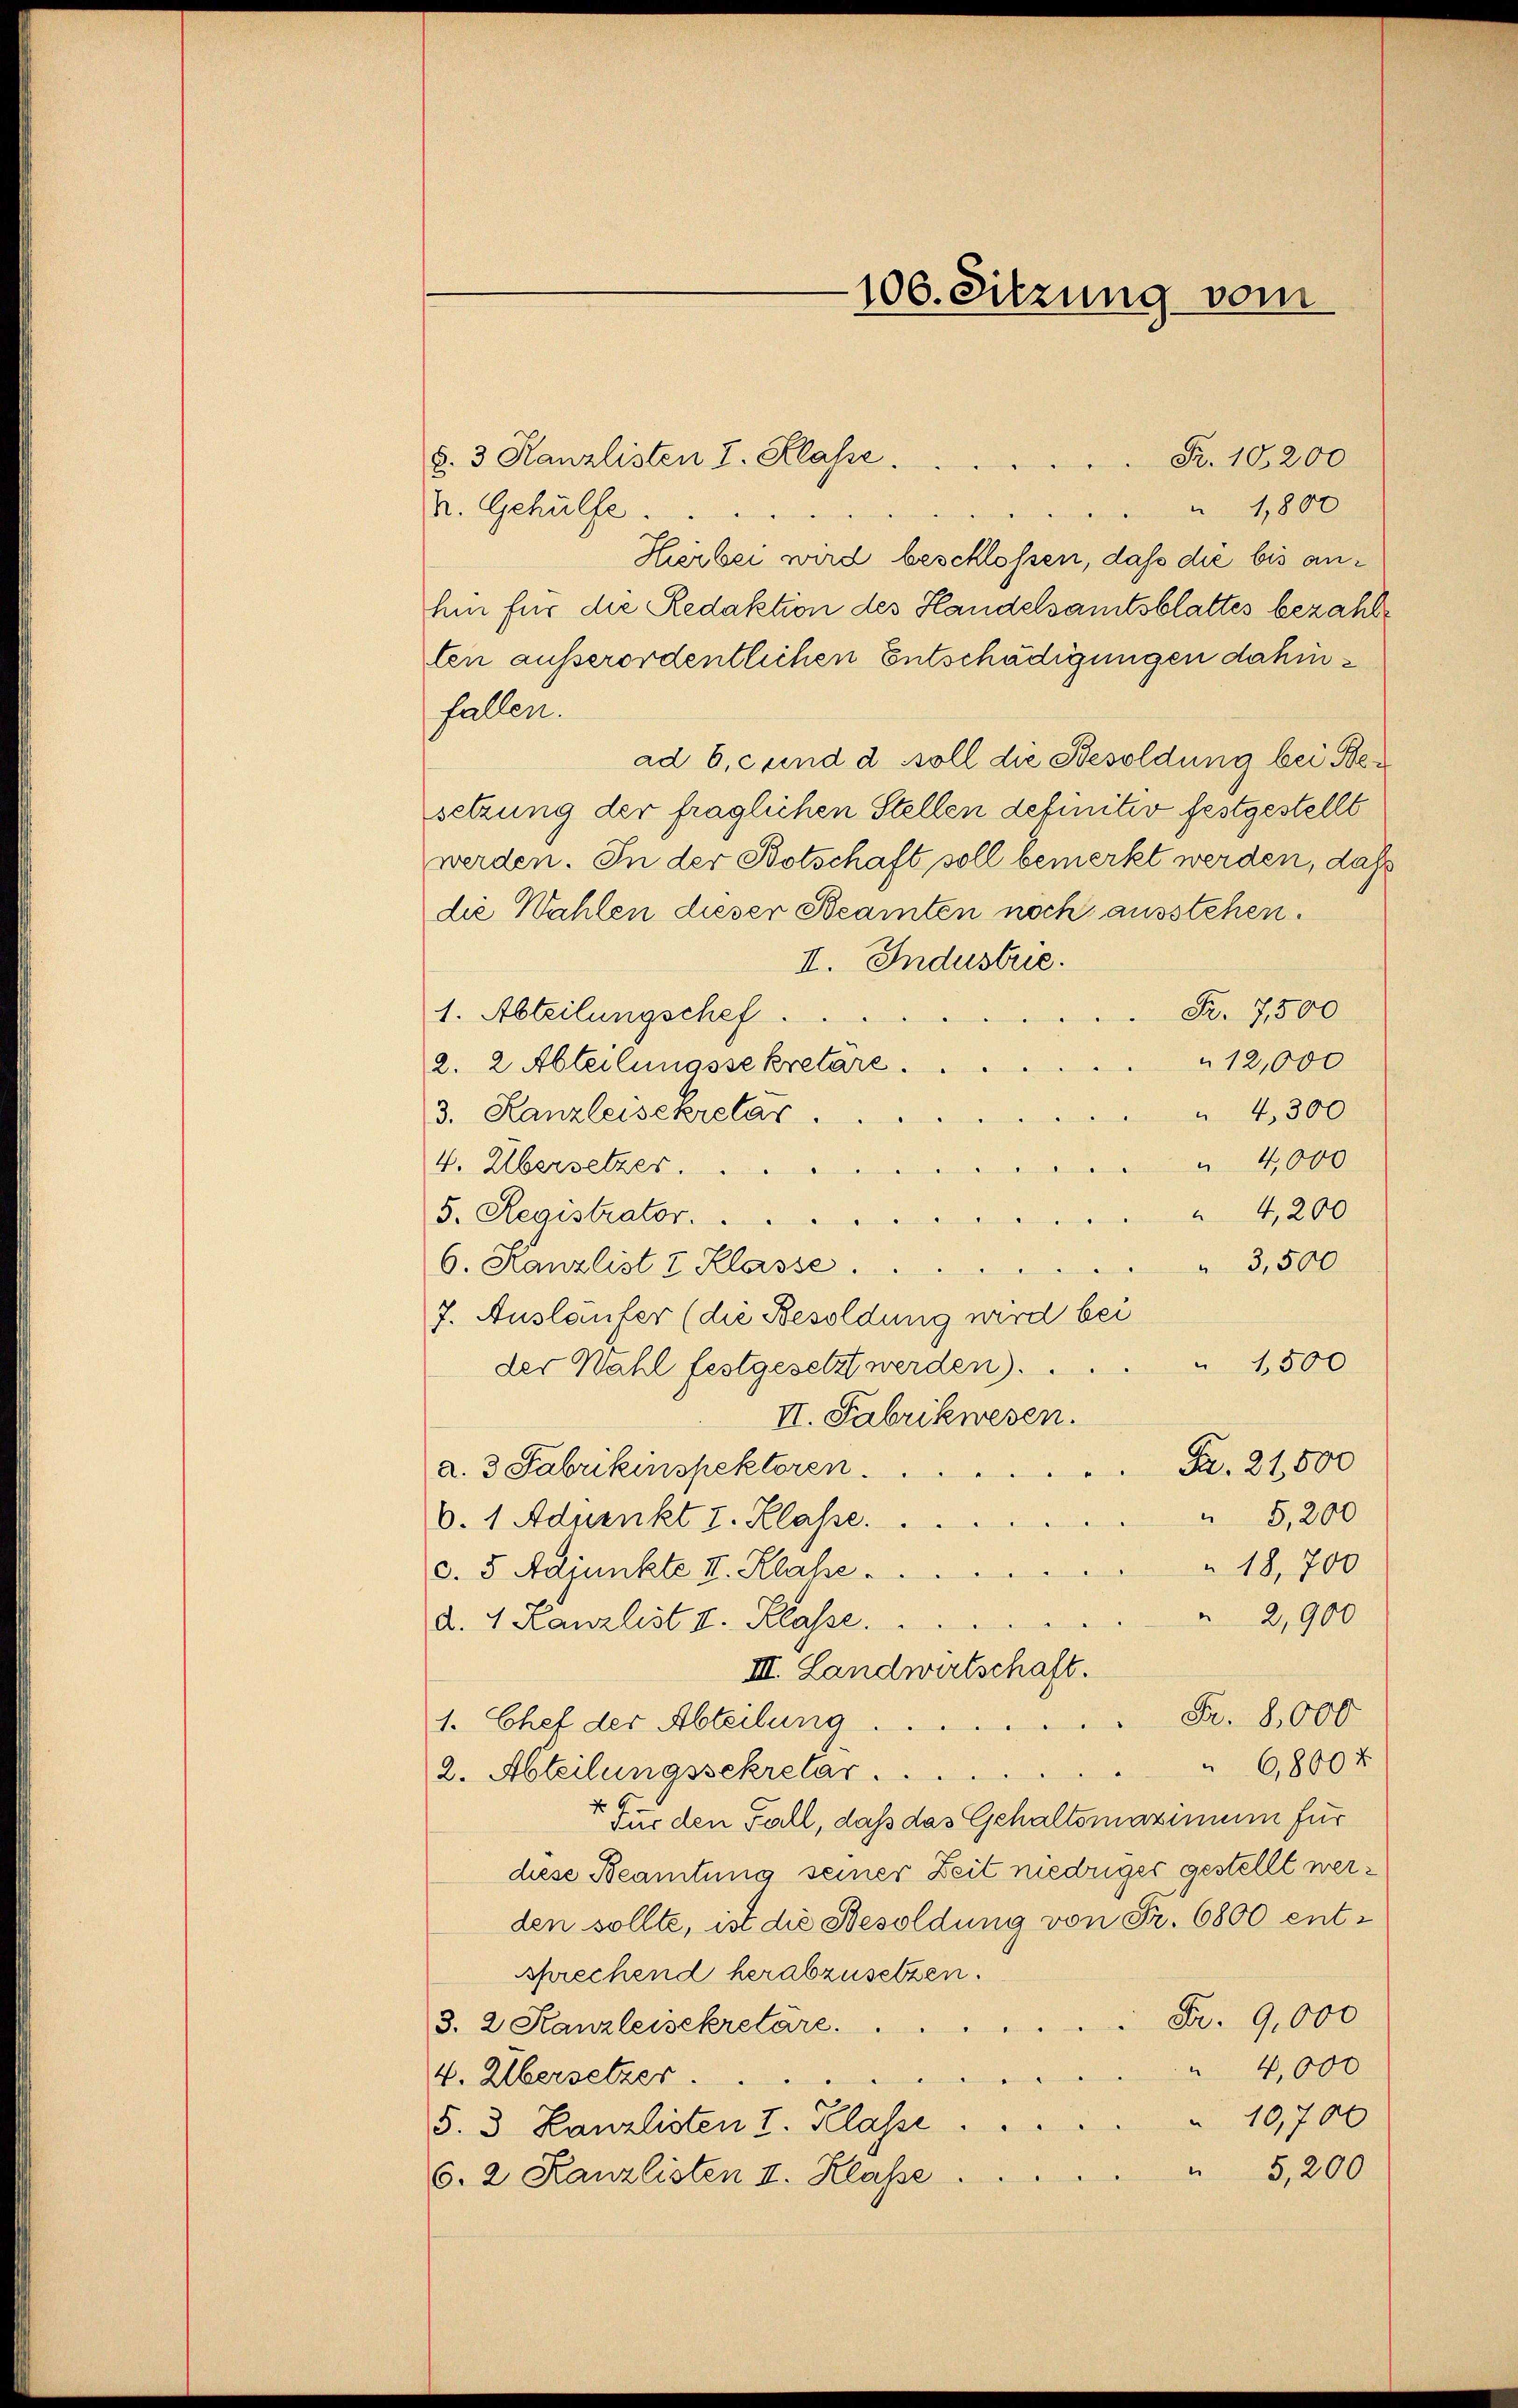
§. 3. Kanzlisten I. Klasse.
R. 10200
 1,800
v. Gehülfe.
Hierbei wird beschlossen, daß die bis anhin für die Redaktion des Handelsamtsblattes bezahlten ausserordentlichen Entschädigungen dahinfallen.
ad 6. c und d soll die Besoldung bei Besetzung der fraglichen Stellen definitiv festgestellt
werden. In der Botschaft soll bemerkt werden, daß
die Wahlen dieser Steamten noch ausstehen.
II. Industrie.
Fr. 7500
1. Abteilungschef.
12,000
2. 2 Abteilungssekretäre.
4,300
3. Kanzleisekretar.
 4,000
4. Übersetzes.
4,200
5. Registrator.  ..
3,500
6. Kanzlist v. Klasse.
7. Ausläufer (die Besoldung wird bei
" 1500
der Wahl festgesetzt werden).
II. Fabrikwesen.
Fr. 21500
a. 3 Fabrikinspektoren.
5,200
b. 1 Adpenkt I. Klasse.
18,700
d. 5 Adjunkte II. Klahe.
2,900
d. 4 Kanzlist I. Klasse.
III. Landwirtschaft.
Fr. 8000
1. Chef der Abteilung
6,800x
2. Abteilungssekretar.
t Für den Fall, daß das Gehaltsmaximum für
diese Beamtung seiner Zeit niedriger gestellt werden sollte, ist die Besoldung von Fr. 6800 entsprechend herabzusetzen.
Fr. 9,000
3. 2 Kanzleisekretäre
d
4,000
4. Übersetzer.
10,700
§. 3. Kanzlisten I. Klasse.
" 5,200
s. 2 Kanzlisten II. Klasse

100. Sitzung vom